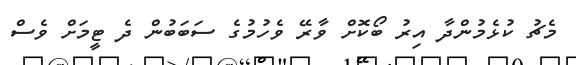
މެޗު ކުޅެމުންދާ އިރު ބޯކޮށް ވާރޭ ވެހުމުގެ ސަބަބުން ދެ ޓީމަށް ވެސް